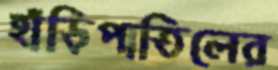
হাঁড়িপাতিলের